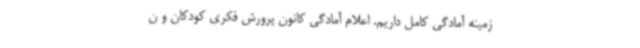
زمینه آمادگی کامل داریم. اعلام آمادگی کانون پرورش فکری کودکان و ن